Problem: 4 + 27 = ?
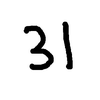
Handwritten answer: 31